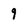
Character: 9